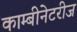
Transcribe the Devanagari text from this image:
काम्बीनेटरीज